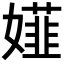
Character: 𡢪